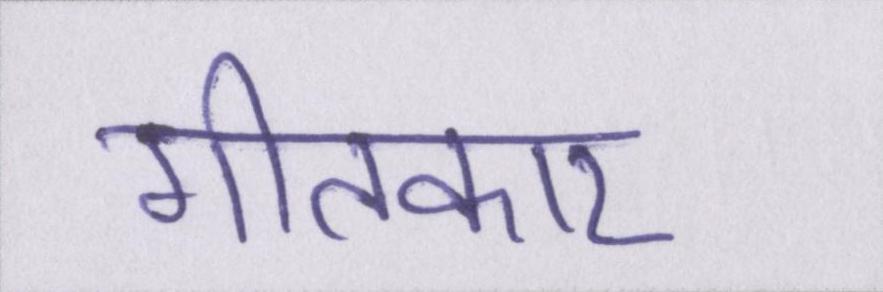
गीतकार